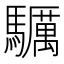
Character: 𩧃